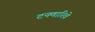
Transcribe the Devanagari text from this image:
टनणारिवे